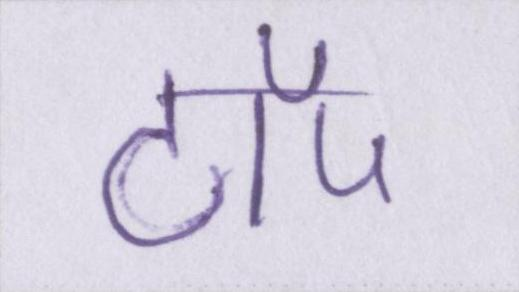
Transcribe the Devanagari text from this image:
टॉप